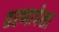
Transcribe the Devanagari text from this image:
हरणापेक्षा